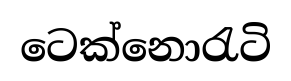
ටෙක්නොරැටි